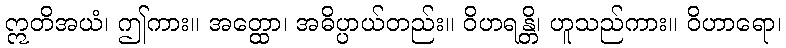
ဣတိအယံ၊ ဤကား။ အတ္ထော၊ အဓိပ္ပာယ်တည်း။ ဝိဟရန္တိ၊ ဟူသည်ကား။ ဝိဟာရော၊